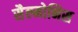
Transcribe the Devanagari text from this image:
सैल्मोनिस